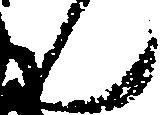
ん